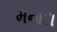
મનાદા